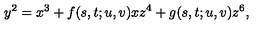
y ^ { 2 } = x ^ { 3 } + f ( s , t ; u , v ) x z ^ { 4 } + g ( s , t ; u , v ) z ^ { 6 } ,